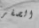
الصفر